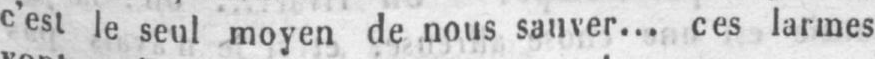
c’est le seul moyen de nous sauver... ces larmes